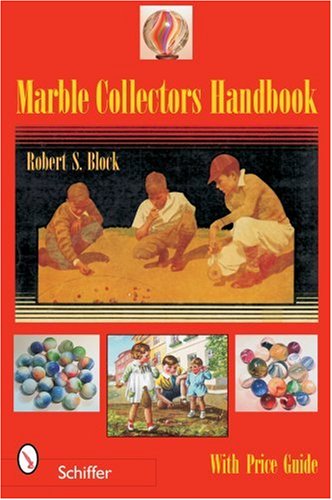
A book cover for Marble Collectors Handbook; Robert S. Block; Crafts, Hobbies & Home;